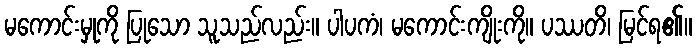
မကောင်းမှုကို ပြုသော သူသည်လည်း။ ပါပကံ၊ မကောင်းကျိုးကို။ ပဿတိ၊ မြင်ရ၏။